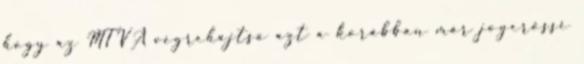
hogy az MTVA végrehajtsa azt a korábban már jogerőssé